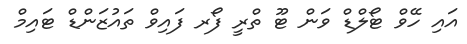
އައި ހޭވް ޓޯލްޑް ވަން ޓޫ ތްރީ ފޯރ ފައިވް ތައުޒަަންޑް ޓައިމް